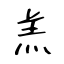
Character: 羔